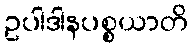
ဥပါဒါနပစ္စယာတိ